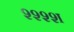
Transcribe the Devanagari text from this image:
श्श्श्श